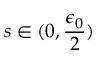
s \in ( 0 , \frac { \epsilon _ { 0 } } { 2 } )